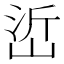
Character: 峾